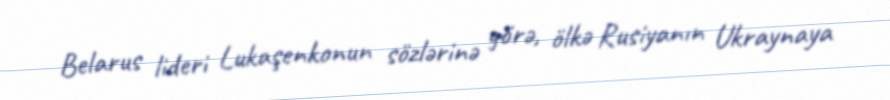
Belarus lideri Lukaşenkonun sözlərinə görə, ölkə Rusiyanın Ukraynaya